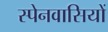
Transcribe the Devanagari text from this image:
स्‍पेनवासियों